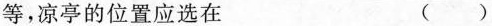
等，凉亭的位置应选在 ()